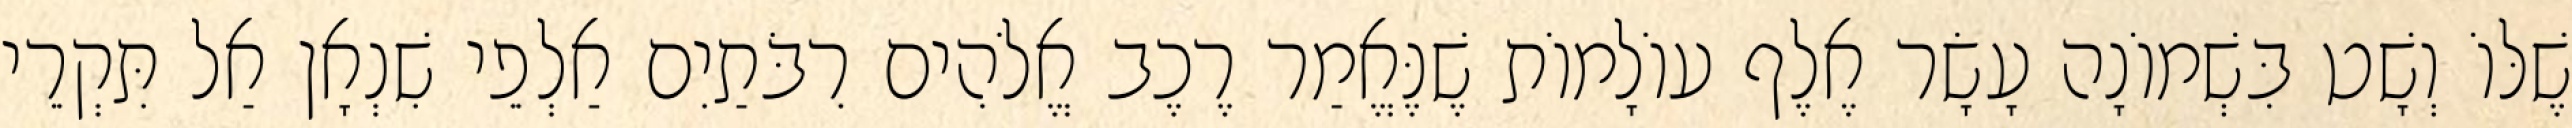
שֶׁלּוֹ וְשָׁט בִּשְׁמוֹנָה עָשָׂר אֶלֶף עוֹלָמוֹת שֶׁנֶּאֱמַר רֶכֶב אֱלֹהִים רִבֹּתַיִם אַלְפֵי שִׁנְאָן אַל תִּקְרֵי